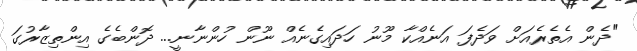
"ދެން އެތެރެއަށް ވަދެފަ އަނެއްކާ މޫނު ހަދައިގެނެއް ނޫން ހުންނާނީ... ދޮންބެގެ އިންތިޒާރުގަ